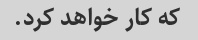
که کار خواهد کرد.